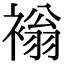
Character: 𧛹